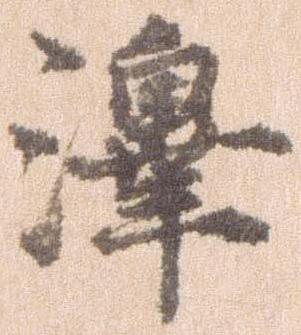
沢